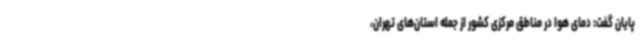
پایان گفت: دمای هوا در مناطق مرکزی کشور از جمله استان‌های تهران،